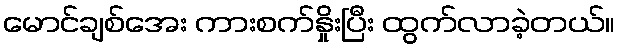
မောင်ချစ်အေး ကားစက်နှိုးပြီး ထွက်လာခဲ့တယ်။